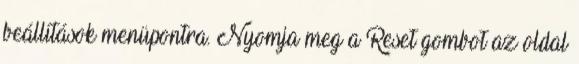
beállítások menüpontra. Nyomja meg a Reset gombot az oldal